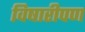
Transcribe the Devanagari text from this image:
विषारीपण